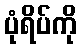
ပုံရိပ်ကို